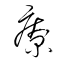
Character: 療